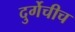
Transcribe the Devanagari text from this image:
दुर्गेचीच